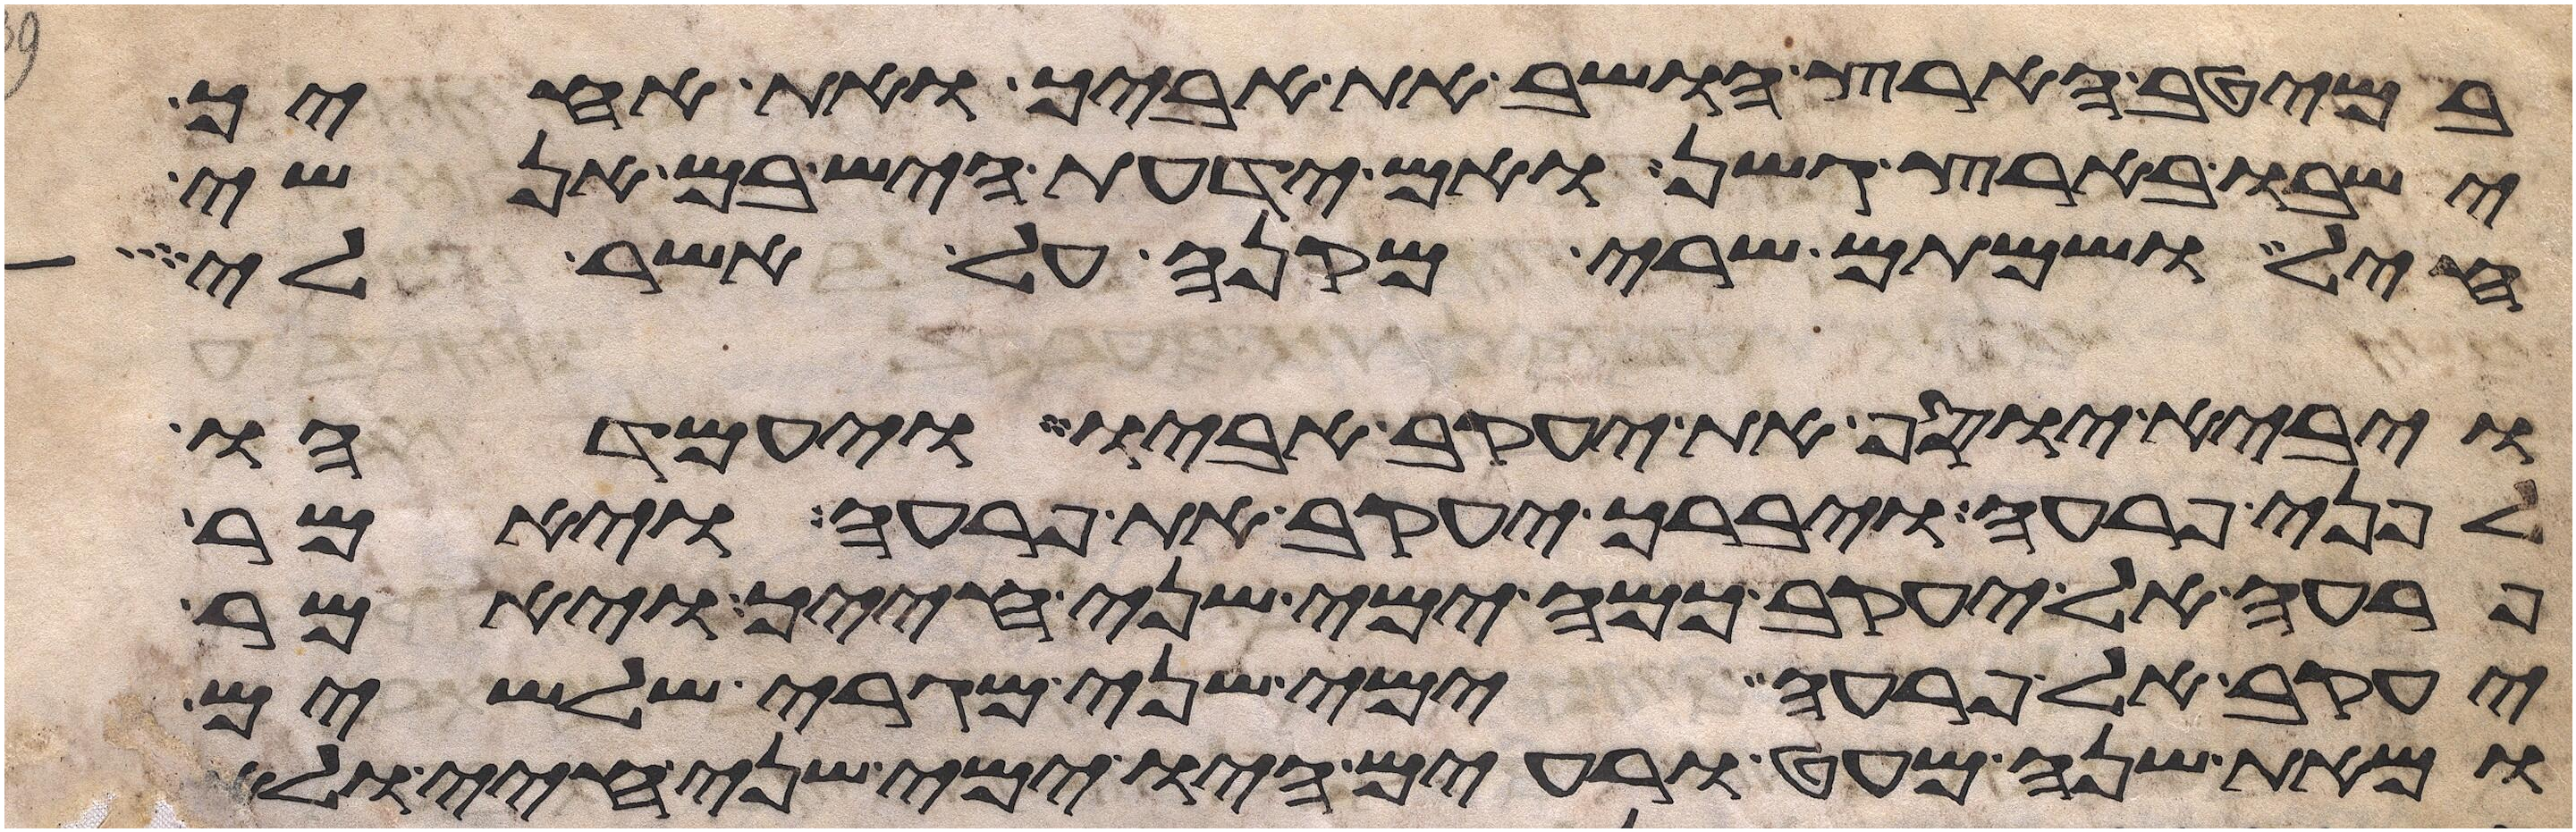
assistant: במיטב הארץ הושב את אביך ואת אחיך
ישבו בארץ גשן ואם ידעת היש בם אנשי
חיל ושמתם שרי מקנה על אשר לי
ויבא יוסף את יעקב אביו ויעמדהו
לפני פרעה ויברך יעקב את פרעה ויאמר
פרעה אל יעקב כמה ימי שני חייך ויאמר
יעקב אל פרעה ימי שני מגרי שלשים
ומאת שנה מעט ורעים היו ימי שני חיי ולא